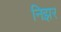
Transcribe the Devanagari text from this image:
निझर